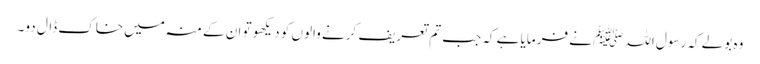
وہ بولے کہ رسول اللہﷺ نے فرمایا ہے کہ جب تم تعریف کرنے والوں کو دیکھو تو ان کے منہ میں خاک ڈال دو۔